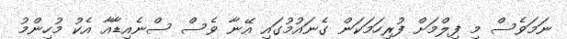
ނަމަވެސް މި ފިލްމަށް ފުރިހަމަކަން ގެނައުމުގައި އޭނާ ވެސް ސްނެއިޑާއާ އެކު މުހިންމު